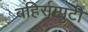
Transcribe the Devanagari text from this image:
बहिर्सम्पुटी